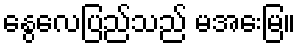
နွေလေပြည်သည် မအေးမြ။